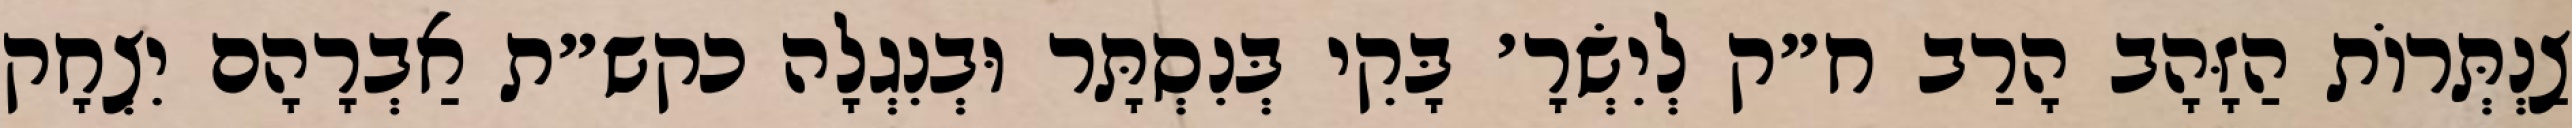
צַנְתְּרוֹת הַזָּהָב הָרַב ח״ק לְיִשְׂרָ׳ בָּקִי בְּנִסְתָּר וּבְנִגְלָה כקש״ת אַבְרָהָם יִצְחָק